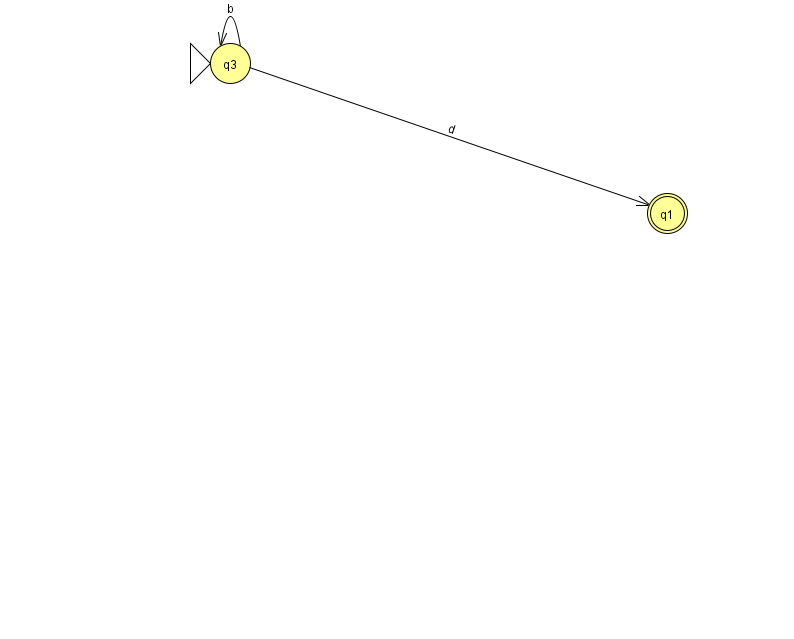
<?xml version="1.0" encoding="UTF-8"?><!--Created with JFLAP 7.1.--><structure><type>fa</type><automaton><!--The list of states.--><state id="1" name="q1"><x>667.0</x><y>200.0</y><final/></state><state id="3" name="q3"><x>230.0</x><y>50.0</y><initial/></state><!--The list of transitions.--><transition><from>3</from><to>3</to><read>b</read></transition><transition><from>3</from><to>1</to><read>d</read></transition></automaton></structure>